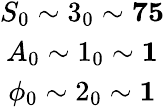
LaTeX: \begin{array}{c}{{S_{0}\sim 3_{0}\sim\mathbf{75}}}\\ {{A_{0}\sim 1_{0}\sim\mathbf{1}}}\\ {{\phi_{0}\sim 2_{0}\sim\mathbf{1}}}\end{array}